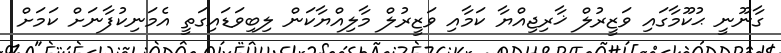
ގާނޫނީ ޙުކޫމާގައި ވަޒީރުލް ޚާރިޖިއްޔާ ކަމާއި ވަޒީރުލް މާލިއްޔާކަން ލިބިވަޑައިގަތީ އެމަނިކުފާނަށް ކަމަށް